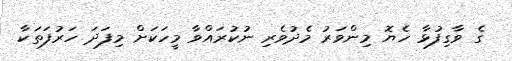
ގެ ވާގިފުޅާ ހެޔޮ މިންވަރު މެދުވެރި ނުކުރައްވާ މީހަކަށް މިފަދަ ހަރުފަތަކާ